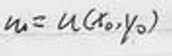
$u_0 = u(x_0,y_0)$